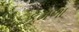
કૂમળા